Civil Veterinary Department. Central Provinces & Berar 1925-31 - 1925-1931
Year: 1925
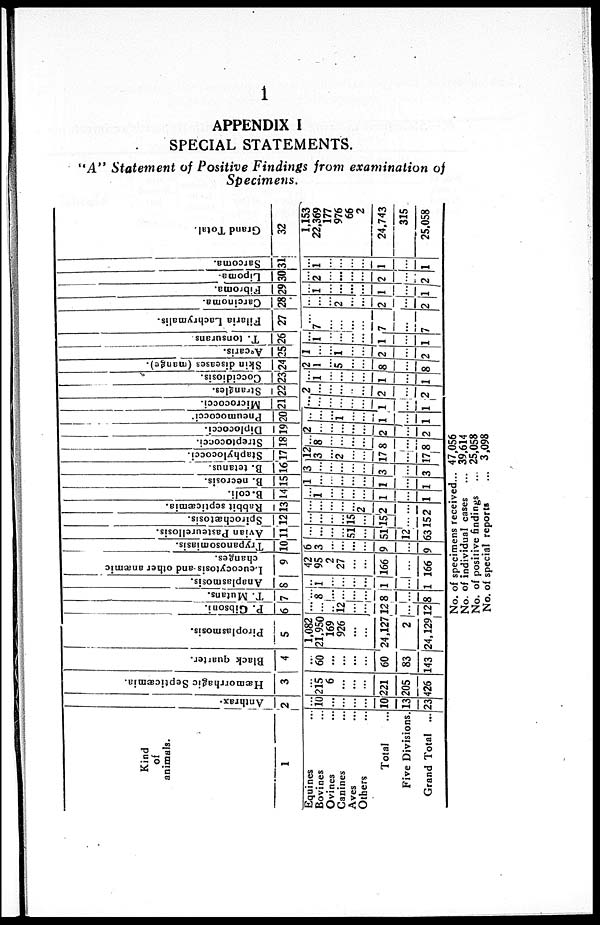
1
APPENDIX I
SPECIAL STATEMENTS.
"A" Statement of Positive Findings from examination of
Specimens.
Kind
of
animals.
1
Equines ...
Bovines ...
Ovines ...
Canines ...
Aves ...
Others ...
Total ...
Five Divisions.
Grand Total ...
Anthrax.
2
...
10
...
...
...
...
10
13
23
Hæmorrhagic Septicæmia.
3
...
215
6
...
...
...
221
205
426
Black quarter.
4
...
60
...
...
...
...
60
83
143
Piroplasmosis.
5
1,082
21,950
169
926
...
...
24,127
2
24,129
P. Gibsoni.
6
...
...
...
12
...
...
12
...
12
T. Mutans.
7
...
8
...
...
...
...
8
...
8
Anaplasmosis.
8
...
1
...
...
...
...
1
...
1
Leucocytosis and other anæmic
changes.
9
42
95
2
27
...
...
166
...
166
Trypanosomiasis.
10
6
3
...
...
...
...
9
...
9
Avian Pasteurellosis.
11
...
...
...
...
51
...
51
12
63
Spirochætosis.
12
...
...
...
...
15
...
15
...
15
Rabbit septicæmia.
13
...
...
...
...
...
2
2
...
2
B. coli.
14
...
1
...
...
...
...
1
...
1
B. necrosis.
15
1
...
...
...
...
...
1
...
3
B. tetanus.
16
3
...
...
...
...
...
3
...
3
Staphylococci.
17
12
3
...
2
...
...
17
...
17
Streptococci.
18
...
8
...
...
...
...
8
...
8
Diplococci.
19
2
...
...
...
...
...
2
...
2
Pneumococci.
20
...
...
...
1
...
...
1
...
1
Micrococci.
21
...
...
...
...
...
...
1
...
1
Strangles.
22
2
...
...
...
...
...
2
...
2
Coccidiosis.
23
...
1
...
...
...
...
1
...
1
Skin diseases (mange).
24
2
1
...
5
...
...
8
...
8
Arcaris.
25
1
...
...
1
...
...
2
...
2
T. tonsurans
26
...
1
...
...
...
...
1
...
1
Filaria Lachrymalis.
27
...
7
...
...
...
...
7
...
7
Carcinoma.
28
...
...
...
2
...
...
2
...
2
Fibroma.
29
...
1
...
...
...
...
1
...
1
Lipoma.
30
...
2
...
...
...
...
2
...
2
Sarcoma.
31
...
1
...
...
...
...
1
...
1
Grand Total.
32
1,153
22,369
177
976
66
2
24,743
315
25,058
No. of specimens received...
No. of individual cases ...
No. of positive findings ...
No. of special reports ...
47,056
39,614
25,058
3,098